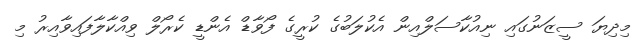
މިދިޔަ ސީޒަނުގައި ނިއުކާސަލްއިން އެކުލަބުގެ ކުރީގެ ފޯވާޑް އެންޑީ ކެރޯލް ވިއްކާލާފައިވާއިރު މި